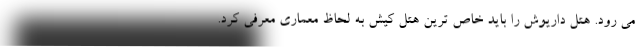
می رود. هتل داریوش را باید خاص ترین هتل کیش به لحاظ معماری معرفی کرد.